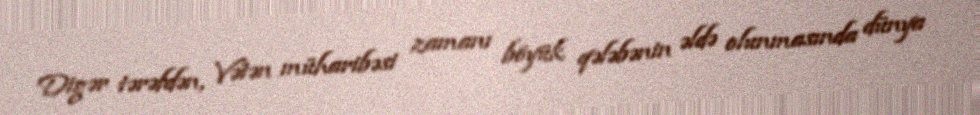
Digər tərəfdən, Vətən müharibəsi zamanı böyük qələbənin əldə olunmasında dünya